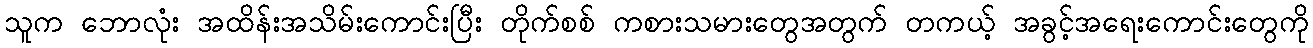
သူက ဘောလုံး အထိန်းအသိမ်းကောင်းပြီး တိုက်စစ် ကစားသမားတွေအတွက် တကယ့် အခွင့်အရေးကောင်းတွေကို